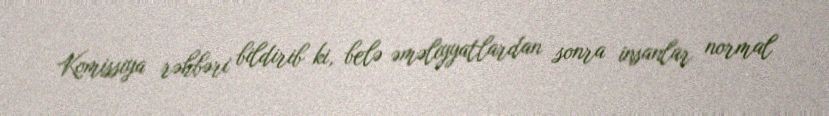
Komissiya rəhbəri bildirib ki, belə əməliyyatlardan sonra insanlar normal